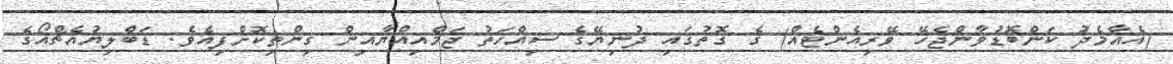
(އެއާމެދު ކަންބޮޑުވާންޖެހޭ ވޭރިއެންޓެއް) ގެ ގޮތުގައި ދުނިޔޭގެ ސިއްހަތު ޖަމްއިއްޔާއިން ގިންތިކޮށްފިއެވެ. ޑަބްލިޔުއެޗްއޯގެ